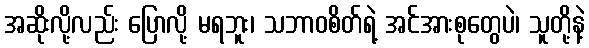
အဆိုးလို့လည်း ပြောလို့ မရဘူး၊ သဘာဝစိတ်ရဲ့ အင်အားစုတွေပဲ၊ သူတို့နဲ့